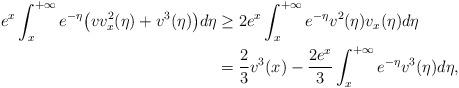
LaTeX: \begin{align*}e^{x}\int_x^{+\infty}e^{-\eta}\big(vv_x^2(\eta)+v^3(\eta)\big)d\eta&\geq 2e^{x}\int_{x}^{+\infty}e^{-\eta} v^2(\eta)v_x(\eta)d\eta\\ & =\dfrac{2}{3}v^3(x)-\dfrac{2e^{x}}{3}\int_{x}^{+\infty}e^{-\eta} v^3(\eta)d\eta,\end{align*}